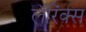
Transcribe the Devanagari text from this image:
लॅरिंक्स